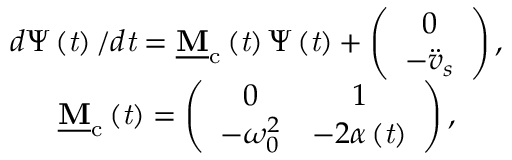
\begin{array} { c } { d \boldsymbol { \Psi } \left( \mathit { t } \right) / d \mathit { t } = \mathbf { \underline { { M } } } _ { \mathrm { c } } \left( \mathit { t } \right) \boldsymbol { \Psi } \left( \mathit { t } \right) + \left( \begin{array} { c } { 0 } \\ { - \ddot { v } _ { s } } \end{array} \right) , } \\ { \mathbf { \underline { { M } } } _ { \mathrm { c } } \left( \mathit { t } \right) = \left( \begin{array} { c c } { 0 } & { 1 } \\ { - \omega _ { 0 } ^ { 2 } } & { - 2 \alpha \left( \mathit { t } \right) } \end{array} \right) , } \end{array}